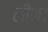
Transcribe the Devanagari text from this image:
लीक।